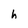
Character: h